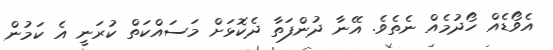
އެވޯޑެއް ހޯދުމެއް ނެތެވެ. އޭނާ ދުންފަތާ ދެކޮޅަށް މަސައްކަތް ކުރަނީ އެ ކަމުން